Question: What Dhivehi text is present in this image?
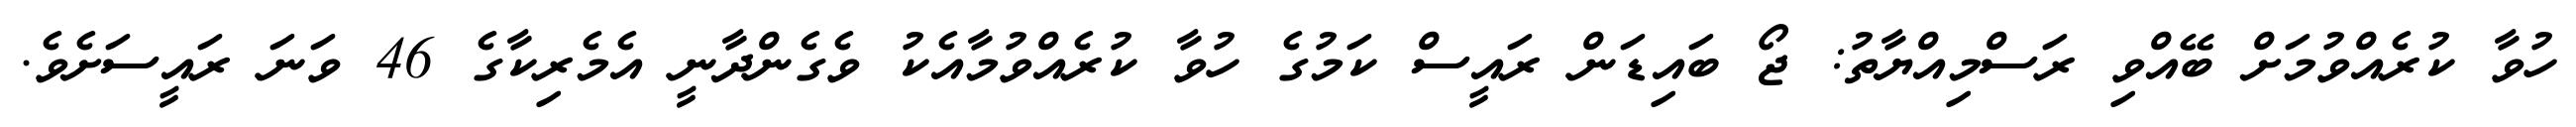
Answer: ހުވާ ކުރެއްވުމަށް ބޭއްވި ރަސްމިއްޔާތު: ޖޯ ބައިޑަން ރައީސް ކަމުގެ ހުވާ ކުރެއްވުމާއެކު ވެގެންދާނީ އެމެރިކާގެ 46 ވަނަ ރައީސަށެވެ.